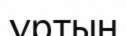
ұртын